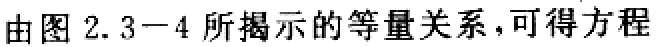
由图 2.3−4 所揭示的等量关系，可得方程